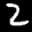
Label: 2